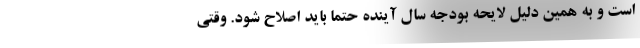
است و به همین دلیل لایحه بودجه سال آینده حتماً باید اصلاح شود. وقتی